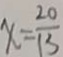
x = \frac { 2 0 } { 1 3 }